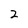
Character: 2